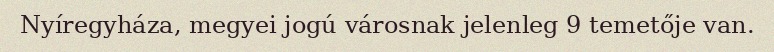
Nyíregyháza, megyei jogú városnak jelenleg 9 temetője van.